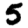
Digit: 5